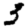
Digit: 3